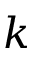
k